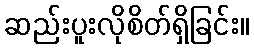
ဆည်းပူးလိုစိတ်ရှိခြင်း။